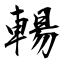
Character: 輰